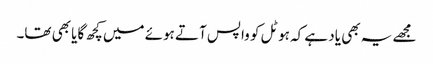
مجھے یہ بھی یاد ہے کہ ہوٹل کو واپس آتے ہوئے میں کچھ گایا بھی تھا۔